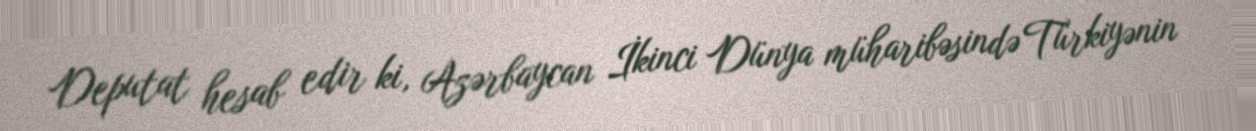
Deputat hesab edir ki, Azərbaycan İkinci Dünya müharibəsində Türkiyənin